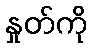
နှုတ်ကို